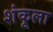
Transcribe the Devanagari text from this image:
शंकूला